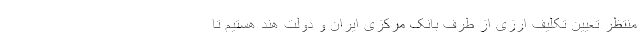
منتظر تعیین تکلیف ارزی از طرف بانک مرکزی ایران و دولت هند هستیم تا